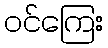
ဝင်ကြေး